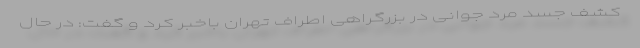
کشف جسد مرد جوانی در بزرگراهی اطراف تهران باخبر کرد و گفت: در حال